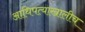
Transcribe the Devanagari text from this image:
आधिपत्याखालीच